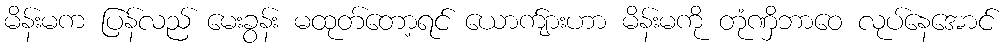
မိန်းမက ပြန်လည် မေးခွန်း မထုတ်တော့ရင် ယောက်ျားဟာ မိန်းမကို တုံဏှိဘာဝေ လုပ်နေအောင်